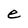
Character: e